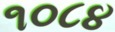
૧૦૮૪